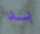
به